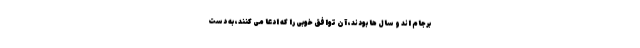
برجام اند و سال ها بودند، آن توافق خوبی را که ادعا می کنند، به دست